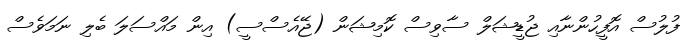
ފުލުސް އޮފީހުންނާއި ޖުޑީޝަލް ސާވިސް ކޮމިޝަން (ޖޭއެސްސީ) އިން މައްސަލަ ބެލި ނަމަވެސް